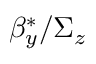
\beta _ { y } ^ { * } / \Sigma _ { z }